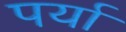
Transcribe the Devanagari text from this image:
पर्या